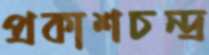
প্রকাশচন্দ্র